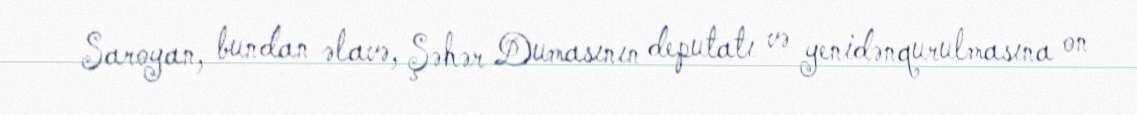
Saroyan, bundan əlavə, Şəhər Dumasının deputatı və yenidənqurulmasına on